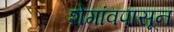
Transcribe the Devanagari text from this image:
शेगांवपासून